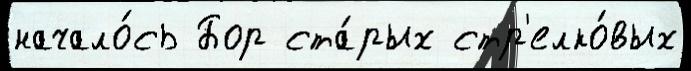
начало́сь Бор ста́рых стр'елко́вых